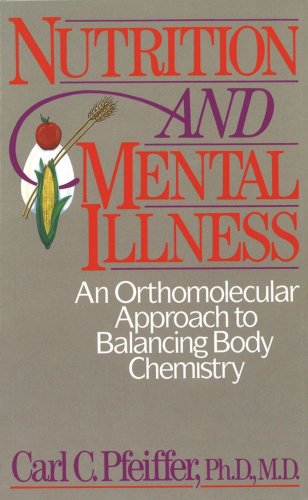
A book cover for Nutrition and Mental Illness: An Orthomolecular Approach to Balancing Body Chemistry; Carl C. Pfeiffer Ph.D.  M.D.; Health, Fitness & Dieting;